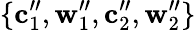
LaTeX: \{ \mathbf{c}_{1}^{\prime\prime},\mathbf{w}_{1}^{\prime\prime},\mathbf{c}_{2}^{\prime\prime},\mathbf{w}_{2}^{\prime\prime}\}